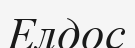
Елдос